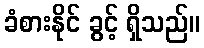
ခံစားနိုင် ခွင့် ရှိသည်။